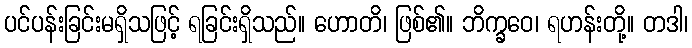
ပင်ပန်းခြင်းမရှိသဖြင့် ရခြင်းရှိသည်။ ဟောတိ၊ ဖြစ်၏။ ဘိက္ခဝေ၊ ရဟန်းတို့။ တဒါ၊